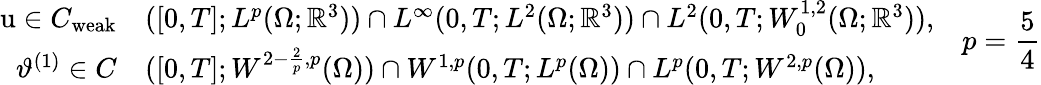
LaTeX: \begin{array}{rl}{\textbf{\textup{u}}\in C_{\mathrm{weak}}}&{([0,T];L^{p}(\Omega;\mathbb{R}^{3}))\cap L^{\infty}(0,T;L^{2}(\Omega;\mathbb{R}^{3}))\cap L^{2}(0,T;W_{0}^{1,2}(\Omega;\mathbb{R}^{3})),}\\ {\vartheta^{(1)}\in C}&{([0,T];W^{2-\frac{2}{p},p}(\Omega))\cap W^{1,p}(0,T;L^{p}(\Omega))\cap L^{p}(0,T;W^{2,p}(\Omega)),}\end{array}\quad p=\frac{5}{4}